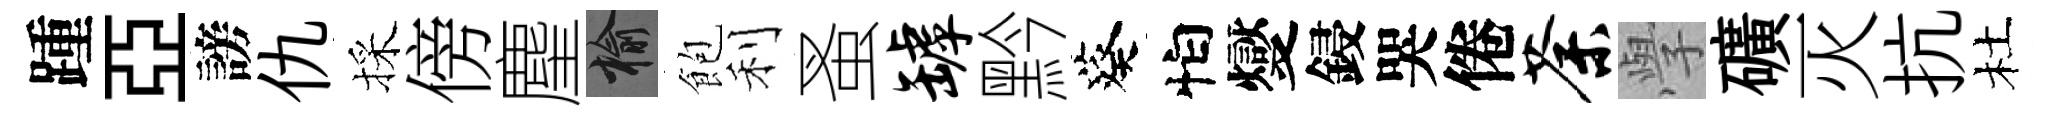
踵亞謗仇採傍麈榆飽利蚤罅黔葵怕燮鋟哭倦荼𭓕礦灭抗杜